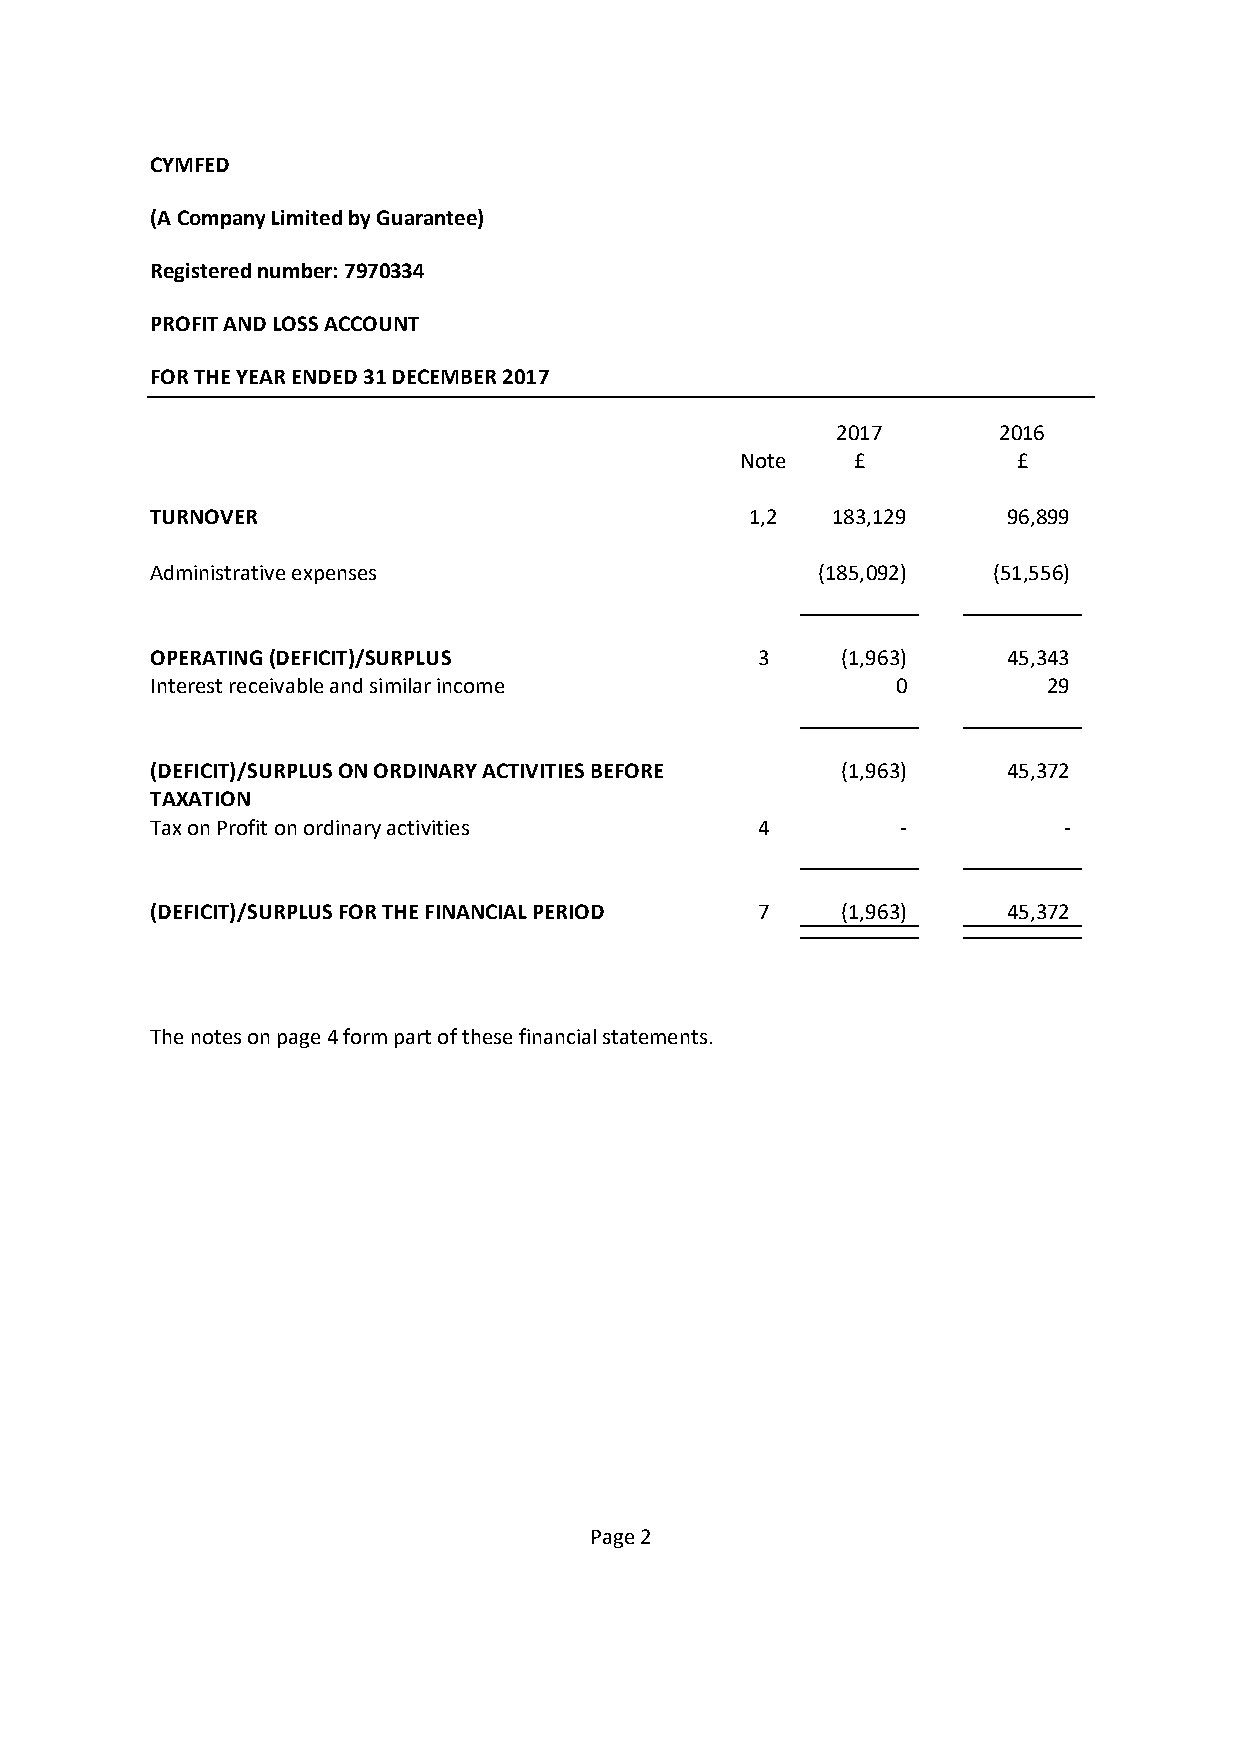
CYMFED
 (A Company Limited by Guarantee)
 Registered number: 7970334
 PROFIT AND LOSS ACCOUNT
 FOR THE YEAR ENDED 31 DECEMBER 2017
 2017       2016
 Note   £          £
 TURNOVER                                1,2  183,129     96,899
 Administrative expenses                     (185,092)   (51,556)
 OPERATING (DEFICIT)/SURPLUS             3     (1,963)    45,343
 Interest receivable and similar income           0         29
 (DEFICIT)/SURPLUS ON ORDINARY ACTIVITIES BEFORE (1,963)  45,372
 TAXATION
 Tax on Profit on ordinary activities    4         -         -
 (DEFICIT)/SURPLUS FOR THE FINANCIAL PERIOD 7  (1,963)    45,372
 The notes on page 4 form part of these financial statements.
 Page 2